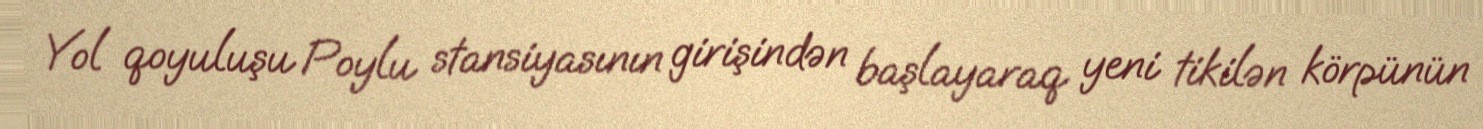
Yol qoyuluşu Poylu stansiyasının girişindən başlayaraq yeni tikilən körpünün